Indian journal of veterinary science and animal husbandry - Volumes 28-29, 1958-1959
Year: 1958
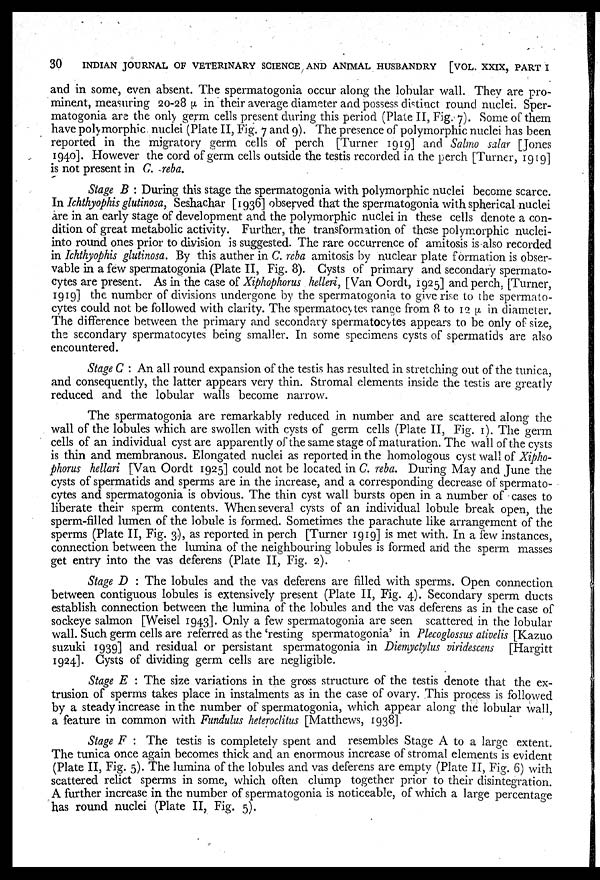
30
INDIAN JOURNAL OF VETERINARY SCIENCE AND ANIMAL HUSBANDRY [VOL. XXIX, PART I
and in some, even absent. The spermatogonia occur along the lobular wall. They are pro-
minent, measuring 20-28 µ in their average diameter and possess distinct round nuclei. Sper-
matogonia are the only germ cells present during this period (Plate II, Fig. 7). Some of them
have polymorphic nuclei (Plate II, Fig. 7 and 9). The presence of polymorphic nuclei has been
reported in the migratory germ cells of perch [Turner 1919] and Salmo salar [Jones
1940]. However the cord of germ cells outside the testis recorded in the perch [Turner, 1919]
is not present in C. reba.
Stage B : During this stage the spermatogonia with polymorphic nuclei become scarce.
In Ichthyophis glutinosa, Seshachar [1936] observed that the spermatogonia with spherical nuclei
are in an early stage of development and the polymorphic nuclei in these cells denote a con-
dition of great metabolic activity. Further, the transformation of these polymorphic nuclei-
into round ones prior to division is suggested. The rare occurrence of amitosis is also recorded
in Ichthyophis glutinosa. By this auther in C. reba amitosis by nuclear plate formation is obser-
vable in a few spermatogonia (Plate II, Fig. 8). Cysts of primary and secondary spermato-
cytes are present. As in the case of Xiphophorus helleri, [Van Oordt, 1925] and perch, [Turner,
1919] the number of divisions undergone by the spermatogonia to give rise to the spermato-
cytes could not be followed with clarity. The spermatocytes range from 8 to 12 µ in diameter.
The difference between the primary and secondary spermatocytes appears to be only of size,
the secondary spermatocytes being smaller. In some specimens cysts of spermatids are also
encountered.
Stage C : An all round expansion of the testis has resulted in stretching out of the tunica,
and consequently, the latter appears very thin. Stromal elements inside the testis are greatly
reduced and the lobular walls become narrow.
The spermatogonia are remarkably reduced in number and are scattered along the
wall of the lobules which are swollen with cysts of germ cells (Plate II, Fig. 1). The germ
cells of an individual cyst are apparently of the same stage of maturation. The wall of the cysts
is thin and membranous. Elongated nuclei as reported in the homologous cyst wall of Xipho-
phorus hellari [Van Oordt 1925] could not be located in C. reba. During May and June the
cysts of spermatids and sperms are in the increase, and a corresponding decrease of spermato-
cytes and spermatogonia is obvious. The thin cyst wall bursts open in a number of cases to
liberate their sperm contents. When several cysts of an individual lobule break open, the
sperm-filled lumen of the lobule is formed. Sometimes the parachute like arrangement of the
sperms (Plate II, Fig. 3), as reported in perch [Turner 1919] is met with. In a few instances,
connection between the lumina of the neighbouring lobules is formed and the sperm masses
get entry into the vas deferens (Plate II, Fig. 2).
Stage D : The lobules and the vas deferens are filled with sperms. Open connection
between contiguous lobules is extensively present (Plate II, Fig. 4). Secondary sperm ducts
establish connection between the lumina of the lobules and the vas deferens as in the case of
sockeye salmon [Weisel 1943]. Only a few spermatogonia are seen scattered in the lobular
wall. Such germ cells are referred as the 'resting spermatogonia' in Plecoglossus ativelis [Kazuo
suzuki 1939] and residual or persistant spermatogonia in Diemyctylus viridescens [Hargitt
1924]. Cysts of dividing germ cells are negligible.
Stage E : The size variations in the gross structure of the testis denote that the ex-
trusion of sperms takes place in instalments as in the case of ovary. This process is followed
by a steady increase in the number of spermatogonia, which appear along the lobular wall,
a feature in common with Fundulus heteroclitus [Matthews, 1938].
Stage F : The testis is completely spent and resembles Stage A to a large extent.
The tunica once again becomes thick and an enormous increase of stromal elements is evident
(Plate II, Fig. 5). The lumina of the lobules and vas deferens are empty (Plate II, Fig. 6) with
scattered relict sperms in some, which often clump together prior to their disintegration.
A further increase in the number of spermatogonia is noticeable, of which a large percentage
has round nuclei (Plate II, Fig. 5).